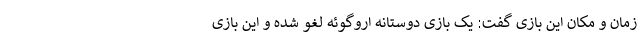
زمان و مکان این بازی گفت: یک بازی دوستانه اروگوئه لغو شده و این بازی